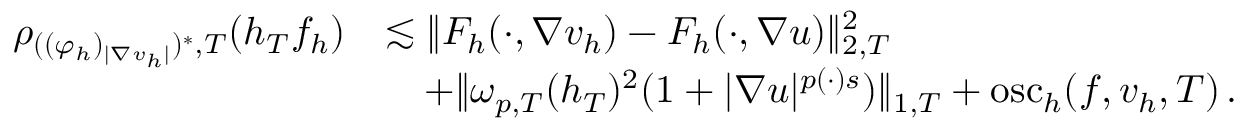
\begin{array} { r } { \begin{array} { r l } { \rho _ { ( ( \varphi _ { h } ) _ { \vert \nabla v _ { h } \vert } ) ^ { * } , T } ( h _ { T } f _ { h } ) } & { \lesssim \| F _ { h } ( \cdot , \nabla v _ { h } ) - F _ { h } ( \cdot , \nabla u ) \| _ { 2 , T } ^ { 2 } } \\ & { \quad + \| \omega _ { p , T } ( h _ { T } ) ^ { 2 } ( 1 + \vert \nabla u \vert ^ { p ( \cdot ) s } ) \| _ { 1 , T } + \mathrm { o s c } _ { h } ( f , v _ { h } , T ) \, . } \end{array} } \end{array}